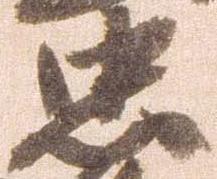
忠